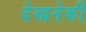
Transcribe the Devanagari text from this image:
देखनेकी